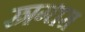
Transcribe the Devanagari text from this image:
स्त्रग्धरा